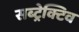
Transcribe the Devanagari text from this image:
सब्ट्रेक्टिव